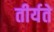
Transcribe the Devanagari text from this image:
तीर्यते